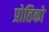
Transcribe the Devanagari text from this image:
प्रोतिको